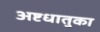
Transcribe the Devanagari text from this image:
अष्टधातुका